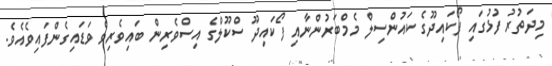
މިދަތުރު ފުޅުގައި ފޯކައިދޫގެ ކައުންސިލް މެމްބަރުންނާއި ފޯކައިދޫ ސްކޫލްގެ އިސްވެރިން ބައިވެރިވެ ވަޑައިގެންފައިވެއެވެ.